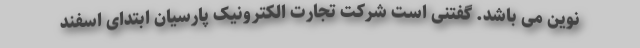
نوین می باشد. گفتنی است شرکت تجارت الکترونیک پارسیان ابتدای اسفند